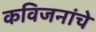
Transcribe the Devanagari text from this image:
कविजनांचे